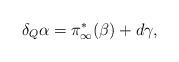
LaTeX: \begin{align*}\delta_Q\alpha=\pi^\ast_{\infty}(\beta) +d\gamma ,\end{align*}